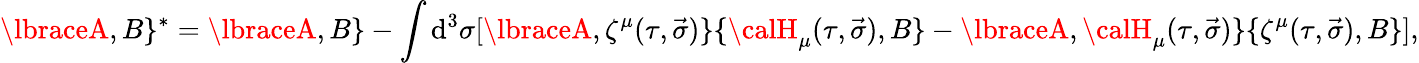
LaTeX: \lbraceA,B\rbrace{}^{*}=\lbraceA,B\rbrace-\int\mathrm{d}^{3}\sigma[\lbraceA,\zeta^{\mu}(\tau,\vec{{\sigma}})\rbrace\lbrace{\calH}_{\mu}(\tau,\vec{{\sigma}}),B\rbrace-\lbraceA,{\calH}_{\mu}(\tau,\vec{{\sigma}})\rbrace\lbrace\zeta^{\mu}(\tau,\vec{{\sigma}}),B\rbrace],